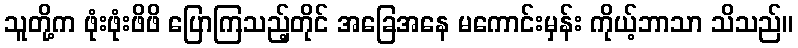
သူတို့က ဖုံးဖုံးဖိဖိ ပြောကြသည့်တိုင် အခြေအနေ မကောင်းမှန်း ကိုယ့်ဘာသာ သိသည်။